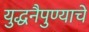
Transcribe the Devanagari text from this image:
युद्धनैपुण्याचे